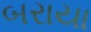
બરાયા